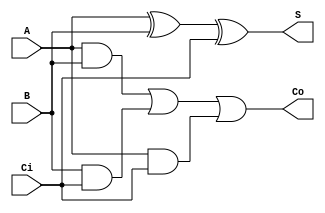
module s_full_adder(input A, B, Ci, output Co, S);
  assign S = A ^ B ^ Ci;
  assign Co = (A & B) | (B & Ci) | (A & Ci);
endmodule